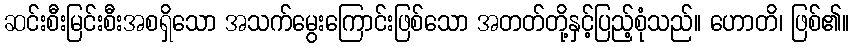
ဆင်းစီးမြင်းစီးအစရှိသော အသက်မွေးကြောင်းဖြစ်သော အတတ်တို့နှင့်ပြည့်စုံသည်။ ဟောတိ၊ ဖြစ်၏။